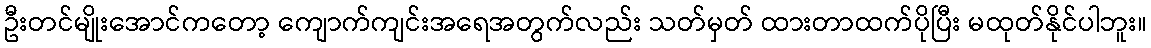
ဦးတင်မျိုးအောင်ကတော့ ကျောက်ကျင်းအရေအတွက်လည်း သတ်မှတ် ထားတာထက်ပိုပြီး မထုတ်နိုင်ပါဘူး။